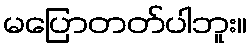
မပြောတတ်ပါဘူး။